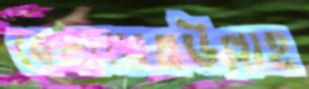
বেলায়েতউল্লাহ